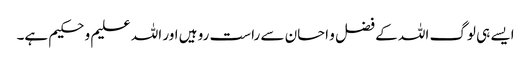
ایسے ہی لوگ اللہ کے فضل و احسان سے راست رو ہیں اور اللہ علیم و حکیم ہے۔